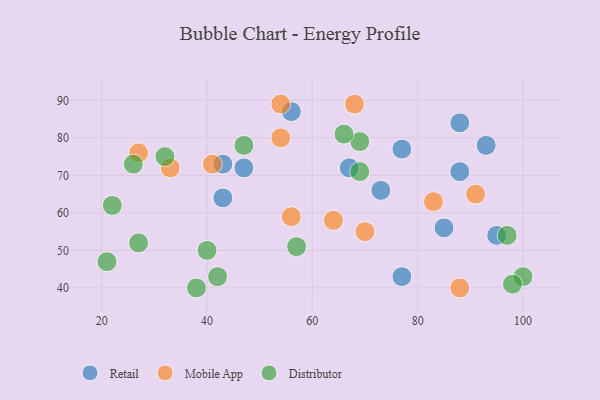
{"axis": {"x": "GDP", "y": "Life Expectancy"}, "legend": ["Distributor", "Mobile App", "Retail"], "data": [{"x": "88", "y": 84, "type": "Retail"}, {"x": "43", "y": 64, "type": "Retail"}, {"x": "88", "y": 71, "type": "Retail"}, {"x": "77", "y": 77, "type": "Retail"}, {"x": "56", "y": 87, "type": "Retail"}, {"x": "47", "y": 72, "type": "Retail"}, {"x": "85", "y": 56, "type": "Retail"}, {"x": "43", "y": 73, "type": "Retail"}, {"x": "77", "y": 43, "type": "Retail"}, {"x": "73", "y": 66, "type": "Retail"}, {"x": "93", "y": 78, "type": "Retail"}, {"x": "95", "y": 54, "type": "Retail"}, {"x": "67", "y": 72, "type": "Retail"}, {"x": "41", "y": 73, "type": "Mobile App"}, {"x": "91", "y": 65, "type": "Mobile App"}, {"x": "83", "y": 63, "type": "Mobile App"}, {"x": "27", "y": 76, "type": "Mobile App"}, {"x": "54", "y": 89, "type": "Mobile App"}, {"x": "64", "y": 58, "type": "Mobile App"}, {"x": "54", "y": 80, "type": "Mobile App"}, {"x": "56", "y": 59, "type": "Mobile App"}, {"x": "88", "y": 40, "type": "Mobile App"}, {"x": "70", "y": 55, "type": "Mobile App"}, {"x": "68", "y": 89, "type": "Mobile App"}, {"x": "33", "y": 72, "type": "Mobile App"}, {"x": "47", "y": 78, "type": "Distributor"}, {"x": "40", "y": 50, "type": "Distributor"}, {"x": "69", "y": 79, "type": "Distributor"}, {"x": "26", "y": 73, "type": "Distributor"}, {"x": "57", "y": 51, "type": "Distributor"}, {"x": "97", "y": 54, "type": "Distributor"}, {"x": "66", "y": 81, "type": "Distributor"}, {"x": "22", "y": 62, "type": "Distributor"}, {"x": "42", "y": 43, "type": "Distributor"}, {"x": "21", "y": 47, "type": "Distributor"}, {"x": "32", "y": 75, "type": "Distributor"}, {"x": "69", "y": 71, "type": "Distributor"}, {"x": "27", "y": 52, "type": "Distributor"}, {"x": "38", "y": 40, "type": "Distributor"}, {"x": "100", "y": 43, "type": "Distributor"}, {"x": "98", "y": 41, "type": "Distributor"}]}